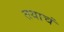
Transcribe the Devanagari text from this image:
तयाचं